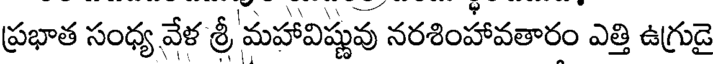
ప్రభాత సంధ్య వేళ శ్రీ మహావిష్ణువు నరశింహావతారం ఎత్తి ఉగ్రుడై